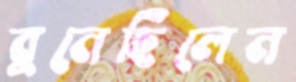
বুনেছিলেন